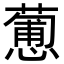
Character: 𢣋